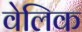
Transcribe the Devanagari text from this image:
वेलिक